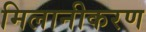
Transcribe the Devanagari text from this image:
मिलानीकरण